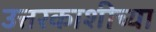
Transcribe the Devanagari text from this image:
उत्तरकाशीच्या